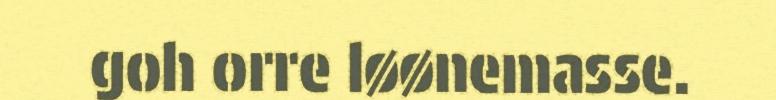
goh orre løønemasse.